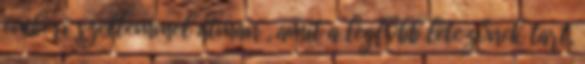
emberi szellemmel átman , amit a legfőbb létezőnek tart,